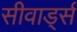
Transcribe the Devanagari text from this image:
सीवार्ड्स